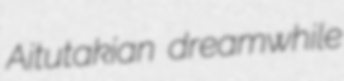
Aitutakian dreamwhile